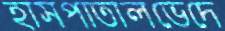
হাসপাতালভেদে